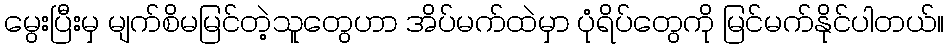
မွေးပြီးမှ မျက်စိမမြင်တဲ့သူတွေဟာ အိပ်မက်ထဲမှာ ပုံရိပ်တွေကို မြင်မက်နိုင်ပါတယ်။